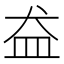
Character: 𱲋